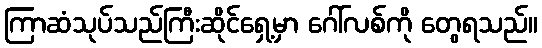
ကြာဆံသုပ်သည်ကြီးဆိုင်ရှေ့မှာ ဂေါ်လစ်ကို တွေရသည်။